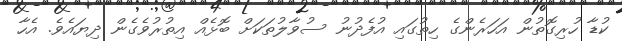
ކުޑާ ހުރިގޮތުން އަހަރެންގެ ހިތުގައި އުފެދުނު ސުވާލުތަކަށް ބޮޅެއް އިތުރުވެގެން ދިޔައެވެ. އެހާ